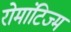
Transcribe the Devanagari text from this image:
रोमांटिज्म